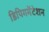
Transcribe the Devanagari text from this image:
डिपिगमेंटेशन